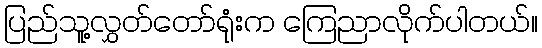
ပြည်သူ့လွှတ်တော်ရုံးက ကြေညာလိုက်ပါတယ်။